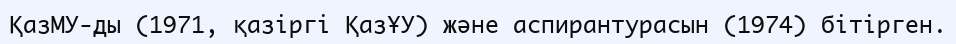
ҚазМУ-ды (1971, қазіргі ҚазҰУ) және аспирантурасын (1974) бітірген.